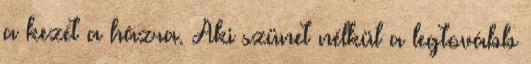
a kezét a házra. Aki szünet nélkül a legtovább